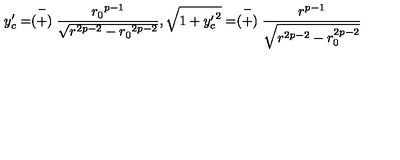
y _ { c } ^ { \prime } = \stackrel { - } { ( + ) } \frac { { r _ { 0 } } ^ { p - 1 } } { \sqrt { r ^ { 2 p - 2 } - { r _ { 0 } } ^ { 2 p - 2 } } } , \sqrt { 1 + { y _ { c } ^ { \prime } } ^ { 2 } } = \stackrel { - } { ( + ) } \frac { r ^ { p - 1 } } { \sqrt { r ^ { 2 p - 2 } - r _ { 0 } ^ { 2 p - 2 } } }